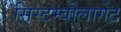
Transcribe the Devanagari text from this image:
सिस्टम्बोलागेट